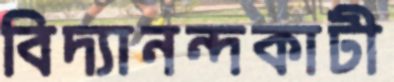
বিদ্যানন্দকাটী